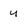
Character: u